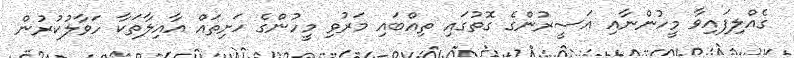
ގެއްލިފައިވާ މީހުންނާއި އަސީރުންގެ ގޮތުގައި ތިއްބައި މަރުވި މީހުންގެ ހަށިތައް އާއިލާތަކާ ހަވާލުކުރުން